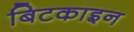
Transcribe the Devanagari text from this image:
बिटकाइन